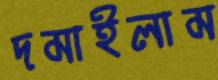
দমাইলাম